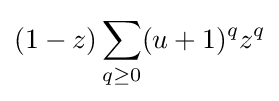
(1-z)\sum _{q\geq 0}(u+1)^{q}z^{q}